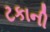
ટકાની